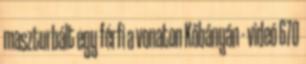
maszturbált egy férfi a vonaton Kőbányán - videó 670